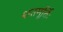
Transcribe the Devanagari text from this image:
शतमूर्तिः